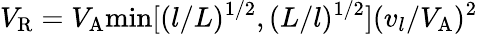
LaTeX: V_{\mathrm{R}}=V_{\mathrm{A}}\mathrm{min}[(l/L)^{1/2},(L/l)^{1/2}](v_{l}/V_{\mathrm{A}})^{2}